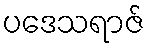
ပဒေသရာဇ်